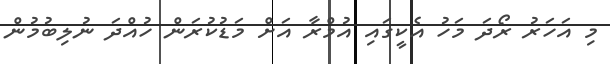
މި އަހަރު ރޯދަ މަހު އެކީގައި އުމްރާ އަށް މަޑުކުރަން ހުއްދަ ނުލިބުމުން